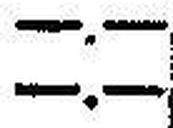
—.—